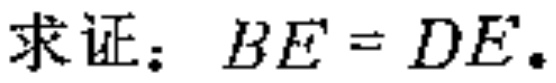
求证：\(BE = DE\)。